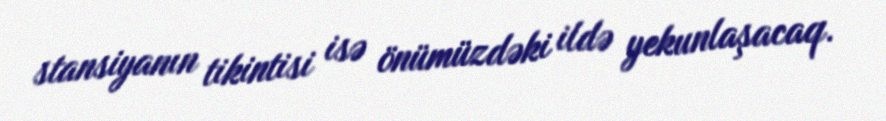
stansiyanın tikintisi isə önümüzdəki ildə yekunlaşacaq.